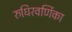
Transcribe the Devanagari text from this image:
रुधिरवर्णिका